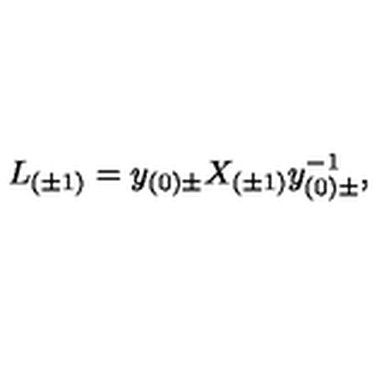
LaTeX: L _ { ( \pm 1 ) } = y _ { ( 0 ) \pm } X _ { ( \pm 1 ) } y _ { ( 0 ) \pm } ^ { - 1 } ,